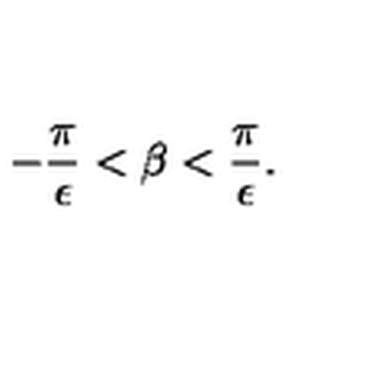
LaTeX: - { \frac { \pi } { \epsilon } } < \beta < { \frac { \pi } { \epsilon } } .